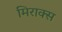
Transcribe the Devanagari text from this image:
मिराक्स